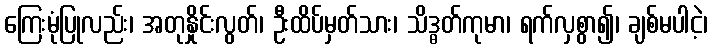
ကြေးမုံပြုလည်း၊ အတုနှိုင်းလွတ်၊ ဦးထိပ်မှတ်သား၊ သိဒ္ဓတ်ကုမာ၊ ရက်လှစွာ၍၊ ချစ်မပါငဲ့၊